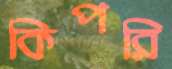
কিপরি